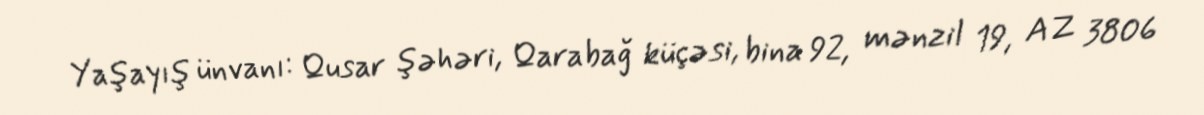
Yaşayış ünvanı: Qusar şəhəri, Qarabağ küçəsi, bina 92, mənzil 19, AZ 3806